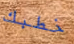
خطبك